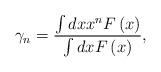
LaTeX: \begin{align*}\gamma _{n}=\frac{\int dxx^{n}F\left( x\right) }{\int dxF\left( x\right) },\end{align*}